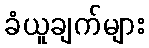
ခံယူချက်များ